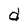
Character: d